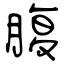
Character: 腹